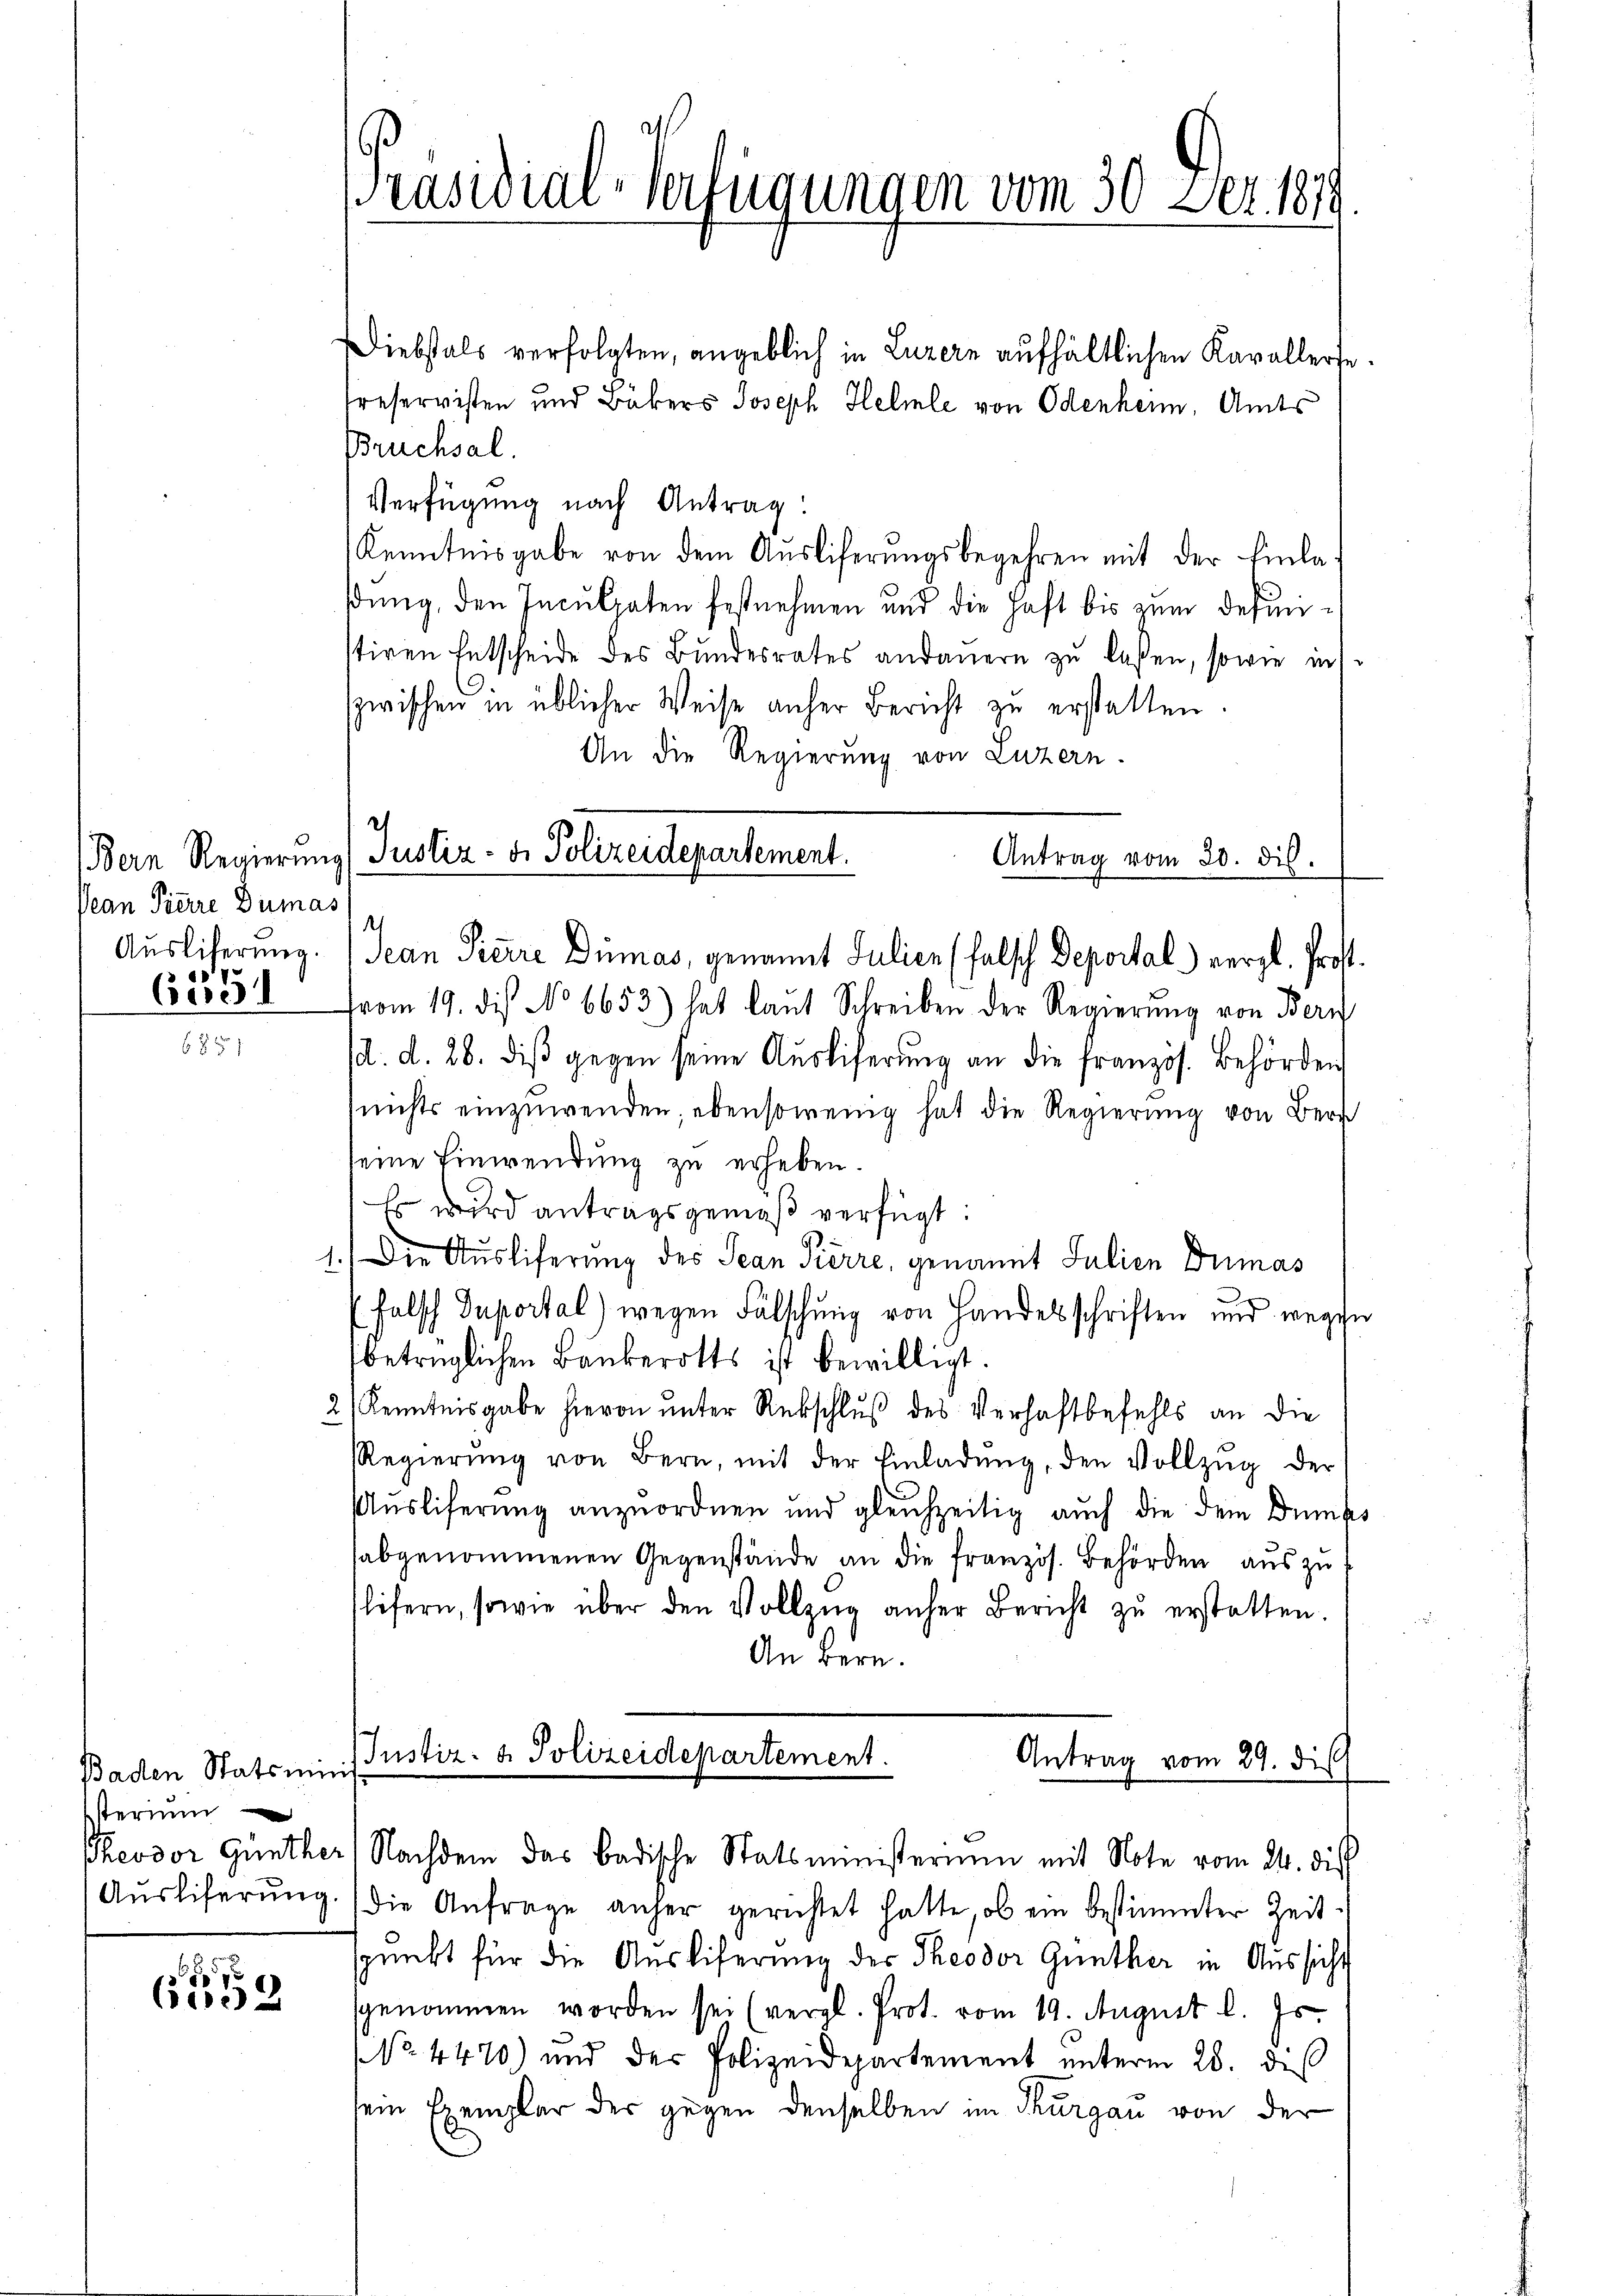
Pean Pierre Dumas
62351

Baden Statsmin
sterium
Ausliferung

xx
iso

Diebstals verfolgten, angeblich in Luzern aufhältlichen Kavallerte.
treservisten und Bäkers Joseph Helmle von Odenheim, Amts
Bruchsal.
Verfügung nach Antrag
Kenntnisgabe von dem Auslieferungsbegehren mit der Einlaßung, den Inculpaten festnehmen und die Haft bis zum definistiren Entscheide des Bŭndesrates andaŭern zŭ lassen, sowie ins-
zwischen in üblicher Weise anher Bericht zu erstatten.
An die Regierung von Luzern.
(Bern Regierung Justiz- & Polizeidepartement.
Antrag vom 20. dis.

vom 19. die No 6653) hat laut Schreiben der Regierŭng von Bern
/d. d. 28. diβ gegen seine Auslieferung an die französ. Behörden
(nichts einzuwenden, ebensowenig hat die Regierŭng von Bern
eine Einwendung zu erheben.
Es wird antragsgemäß verfügt:
.
1.) Die Ausliferung des Jean Pierre, genannt Julien Dumas
(falsch Duportal) wegen Fälschung von Handesschriften und wegen
betrüglichen Bankerotts ist bewilligt.
2) Kenntnisgabe hievon unter Rebschluß des Verhaftbefehls an die
Regierŭng von Bern, mit der Einladŭng, den Vollzŭg der
Ausliferung anzuordnen und gleichzeitig auch die dem Dumps
abgenommenen Gegenstände an die französ. Behörden aus zulifern, sowie über den Vollzŭg anher Bericht zŭ erstatten.
An Bern.

Präsidial-Verfügungen vom 30. Dez. 1879

Ausliferung. Jean Pierre Dimas, genannt Julien (falsch Deportal vergl. Prost.

Justiz- & Polizeidepartement.
Antrag vom 29. die
is
Theodor Günther Nachdem das Badische Statsministerium mit Note vom 24. die

(die Anfrage anher gerichtet hatte, ob ein bestimmter Zeit
spunkt für die Auslieferung der Theodor Günther in Aussicht
sgenommen worden sei (vergl. Prot. vom 19. August l. Js.
NNo. 4470) und der Polizeidepartement unterm 28. diβ
sein Exemplar der gegen denselben im Thurgau von der